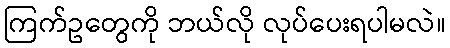
ကြက်ဥတွေကို ဘယ်လို လုပ်ပေးရပါမလဲ။